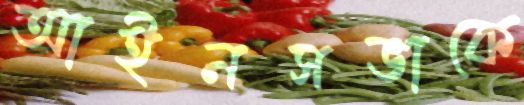
আইনসভাকে